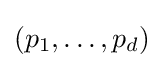
(p_{1},\dots ,p_{d})